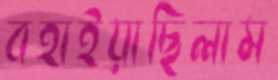
বহাইয়াছিলাম